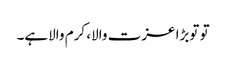
تو توبڑا عزت والا، کرم والاہے۔